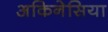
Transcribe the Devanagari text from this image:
अकिनेसिया